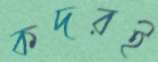
কদরই